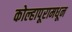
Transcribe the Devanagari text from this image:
कोल्हापूरामधून